system: You are a helpful assistant.
user:
Analyze the provided spectrum to determine if it is a **White Dwarf (WD)**.

A White Dwarf spectrum is defined by its **extreme purity** (due to gravitational settling) and/or **extreme pressure broadening** (due to high surface gravity). You must check for one of the following mutually exclusive signatures:

- **Key Visual Indicators (Check for ONE of these types):**

    - **1. DA-Type Signature (Most Common):**
        - **(Primary Feature):** Extreme pressure broadening (Stark broadening) of the **Hydrogen (H) Balmer lines**.
        - **(Key Lines):** $H\beta$ (approx. $4861$ Å) and $H\gamma$ (approx. $4340$ Å). $H\alpha$ (approx. $6563$ Å) will also be present if the wavelength range covers it.
        - **(Line Profile):** This is the **defining feature**. The lines are **NOT** sharp. They appear as massive, **extremely broad and deep "troughs" or "dips"** in the spectrum, often hundreds of Ångströms wide. The continuum will appear to "scoop" down at these wavelengths.
        - **(Distinction):** Normal A-type or B-type stars have *narrow* and *sharp* Hydrogen lines. A DA White Dwarf's lines are unmistakably "smeared" or "blurry" from pressure.

    - **2. DB-Type Signature:**
        - **(Primary Feature):** Broad absorption lines from **Neutral Helium (He I)**. The spectrum must lack any visible Hydrogen lines.
        - **(Key Lines):** Look for broad absorption near $4471$ Å, $4921$ Å, and $5876$ Å.
        - **(Line Profile):** These lines are also significantly pressure-broadened, appearing much wider than they would in a normal B-type main-sequence star.

    - **3. DC-Type Signature:**
        - **(Primary Feature):** A **featureless continuous spectrum**.
        - **(Line Profile):** The spectrum is a smooth curve with **no significant absorption or emission lines**.
        - **(Key Confirmation):** The continuum is almost always **blue or white**, indicating a hot object. This signature implies the atmosphere is so pure (or so cool) that no spectral lines are visible in the optical range. Its WD identity is confirmed by its extremely low intrinsic brightness (high absolute magnitude).

    - **4. DZ-Type Signature (Metal-Polluted):**
        - **(Primary Feature):** **Isolated, narrow metal absorption lines** on an otherwise featureless (DC-like) continuum.
        - **(Key Lines):** The **Calcium (Ca II) H & K doublet** (approx. **$3934$ Å** and **$3968$ Å**) is the most common and defining feature.
        - **(Line Profile):** These lines are "out of place." They are *not* part of a "forest" of thousands of lines. This signature is evidence of recent *accretion* (pollution) from rocky debris.
        - **(Distinction):** Normal G/K/M stars have a *dense forest* of thousands of metal lines. A DZ has a *clean* continuum with *only a few* strong metal lines.

    - **5. DQ-Type Signature (Carbon-Polluted):**
        - **(Primary Feature):** Absorption bands from **Carbon (C₂ "Swan Bands" or atomic C I)**.
        - **(Key Lines - C₂):** Look for bandheads with a "saw-tooth" shape near $5635$ Å, **$5165$ Å** (strongest), and $4737$ Å.
        - **(Key Confirmation):** The underlying **continuum must be blue or white** (hot).
        - **(Distinction):** This is the critical difference from a **Carbon Star**, which has the *exact same* C₂ bands but on an extremely **red, cool** continuum.

- **(Overall Spectrum):**
    - The continuum (overall shape) is typically **blue-sloping** (brighter in the blue than the red), as most white dwarfs are very hot.
    - The spectrum will look "pure" or "simple," dominated by only *one* of the five signatures listed above.

Think first, call **spectral_visualization_tool** if needed to examine features in detail, then provide your final answer. Your response must adhere to the following strict rules:
1.  **Overall Structure:** Your response must follow the format `<think>...</think> <tool_call>...</tool_call> (if a tool is used) <answer>...</answer>`.
2.  **Tool Usage Constraint:** You may only make **one** tool call per turn.
3.  **Final Answer Format:** In the `<answer>` tag, your conclusion must be inside a `\boxed{}` command (e.g., `\boxed{YES}` or `\boxed{NO}`), followed by your justification.

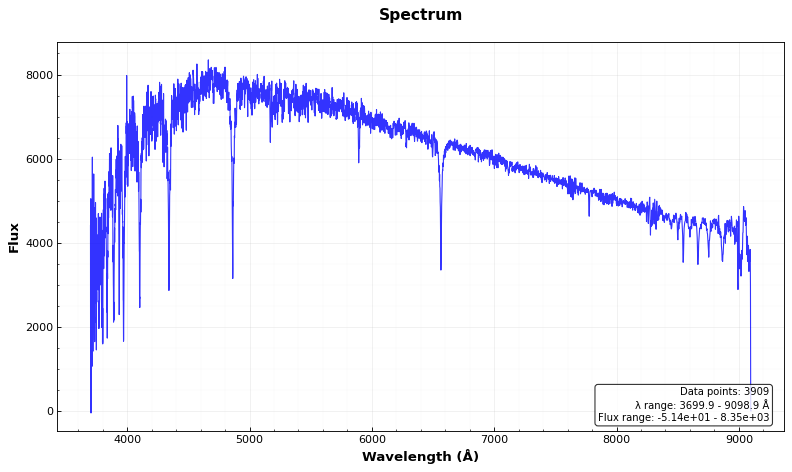
Answer: NO